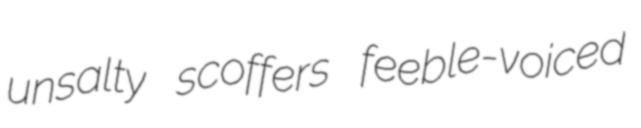
unsalty scoffers feeble-voiced